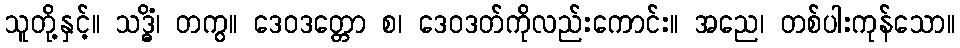
သူတို့နှင့်။ သဒ္ဓိံ၊ တကွ။ ဒေဝဒတ္တော စ၊ ဒေဝဒတ်ကိုလည်းကောင်း။ အညေ၊ တစ်ပါးကုန်သော။